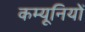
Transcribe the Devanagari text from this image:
कम्यूनियों